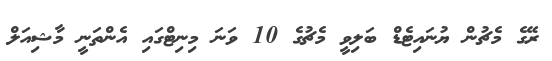
ރޭގެ މެޗުން ޔުނައިޓެޑް ބަލިވީ މެޗުގެ 10 ވަނަ މިނިޓްގައި އެންތަނީ މާޝިއަލް